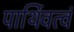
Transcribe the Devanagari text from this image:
पार्थिवत्वं